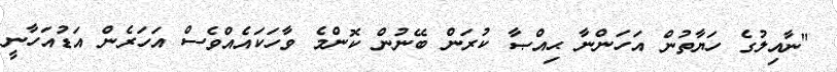
"ނާއިލުގެ ހަޔާތުން އަހަންނާ ޙިއްޞާ ކުރަން ބޭނުން ކޮންމެ ވާހަކައެއްވެސް އަހަރެން އަޑުއަހާނީ